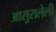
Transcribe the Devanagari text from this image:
आसुसलेली